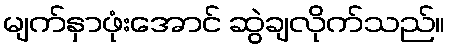
မျက်နှာဖုံးအောင် ဆွဲချလိုက်သည်။